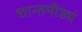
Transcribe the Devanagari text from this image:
शान्तमीड्यं